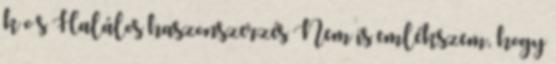
k o s Halálos haszonszerzés Nem is emlékszem, hogy